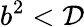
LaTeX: b^{2}<\mathcal{D}